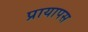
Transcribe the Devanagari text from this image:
प्रायापस